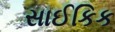
સાઈકિક